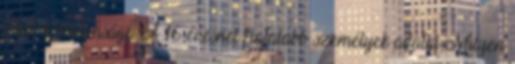
adatok biztonsága A 16 évesnél fiatalabb személyek adatai Milyen